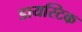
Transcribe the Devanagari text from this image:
डायस्टिक